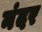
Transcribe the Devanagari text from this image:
नंदर